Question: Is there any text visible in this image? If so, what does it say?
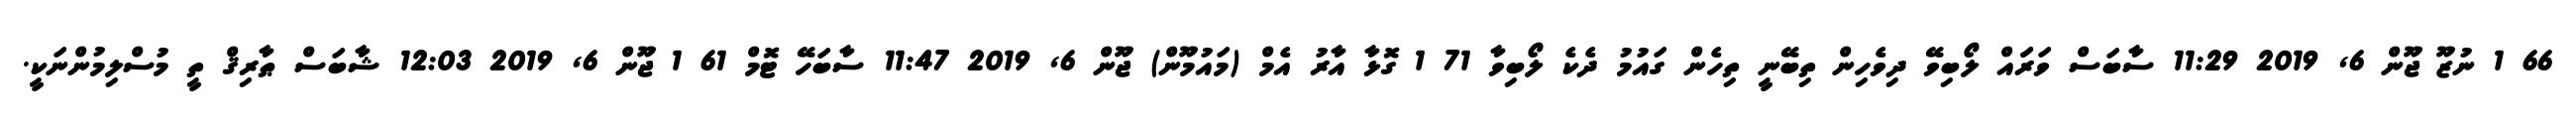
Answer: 66 1 ނުޒޫ ޖޫން 6, 2019 11:29 ސާބަސް ވަރަައް ލޯބިވޭ ދިވެހިން ތިބޭނީ ތިހެން ގައުމު ދެކެ ލޯބިވާ 71 1 ގޮޅާ އާރު އެމް (މައުމޫން) ޖޫން 6, 2019 11:47 ސާބަހޭ ޓޮމް 61 1 ޖޫން 6, 2019 12:03 ޝާބަސް ޠާރިޤް ތީ މުސްލިމުންނަކީ.